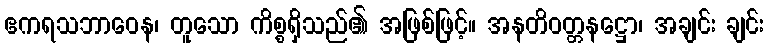
ဧကရသဘာဝေန၊ တူသော ကိစ္စရှိသည်၏ အဖြစ်ဖြင့်။ အနတိဝတ္တနဋ္ဌော၊ အချင်း ချင်း